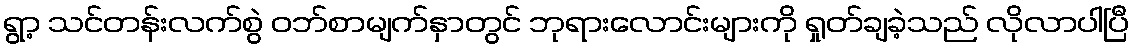
ရွာ့ သင်တန်းလက်စွဲ ဝဘ်စာမျက်နှာတွင် ဘုရားလောင်းများကို ရှုတ်ချခဲ့သည် လိုလာပါပြီ